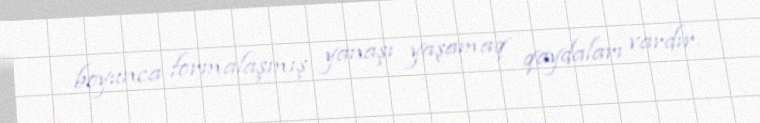
boyunca formalaşmış yanaşı yaşamaq qaydaları vardır.